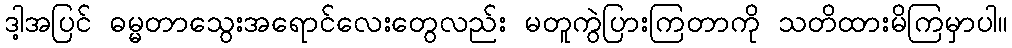
ဒါ့အပြင် ဓမ္မတာသွေးအရောင်လေးတွေလည်း မတူကွဲပြားကြတာကို သတိထားမိကြမှာပါ။